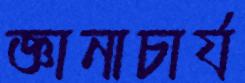
জ্ঞানাচার্য